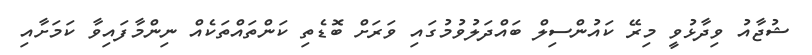
ޝުޖާއު ވިދާޅުވީ މިރޭ ކައުންސިލް ބައްދަލުވުމުގައި ވަރަށް ބޮޑެތި ކަންތައްތަކެއް ނިންމާފައިވާ ކަމަށާއި